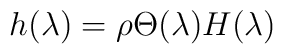
h(\lambda) =\rho \Theta(\lambda)H(\lambda)